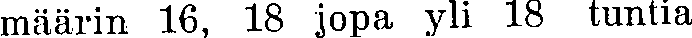
määrin 16, 18 jopa yli 18 tuntia